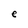
Character: e